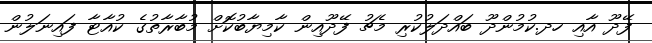
ފޭދޫ އާއި ހދ.ކުމުންދޫ ބައްދަލުކުރި މެޗު ފޭދޫއިން ކާމިޔާބުކޮށް މުބާރާތުގެ ކުއާޓާ ފައިނަލުން